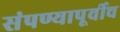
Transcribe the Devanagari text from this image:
संपण्यापूर्वीच